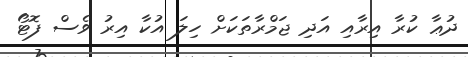
ދުޢާ ކުރާ އިރާއި އަދި ޖަމްރާތަކަށް ހިލަ އުކާ އިރު ވެސް ފޮޓޯ